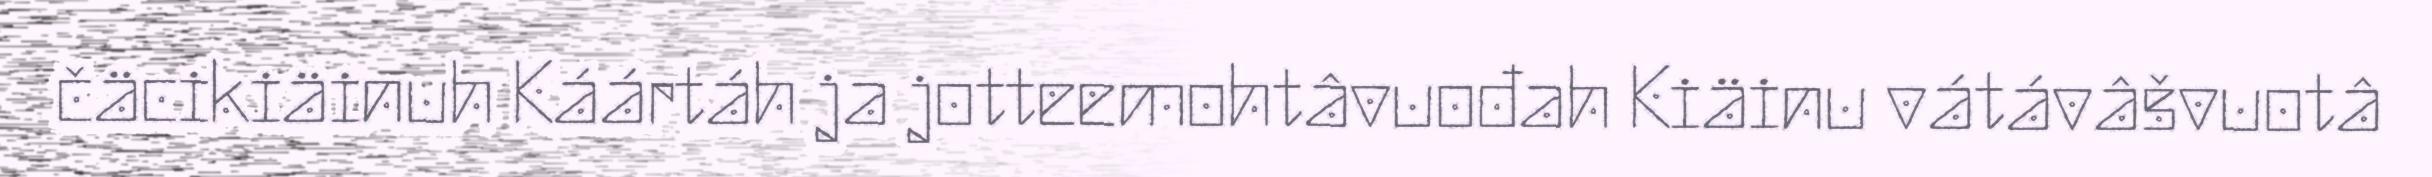
čäcikiäinuh Káártáh ja jotteemohtâvuođah Kiäinu vátávâšvuotâ